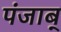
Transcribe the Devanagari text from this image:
पंजाब्